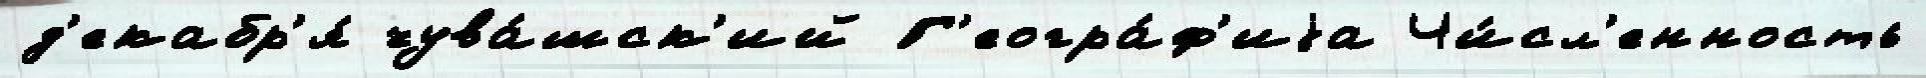
д'екабр'я́ чува́шск'ий Г'еогра́ф'иjа Чи́сл'енность